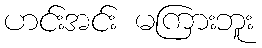
ဟင်းအင်း မကြားဘူး